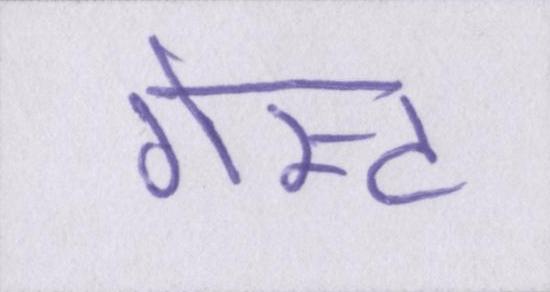
गेस्ट